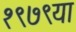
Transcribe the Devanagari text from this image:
१९७९या